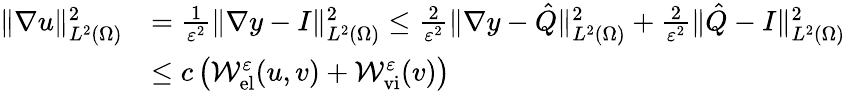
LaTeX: \begin{array}{rl}{\| \nabla u\| _{L^{2}(\Omega)}^{2}}&{=\frac{1}{\varepsilon^{2}}\| \nabla y-I\| _{L^{2}(\Omega)}^{2}\leq\frac{2}{\varepsilon^{2}}\| \nabla y-\hat{Q}\| _{L^{2}(\Omega)}^{2}+\frac{2}{\varepsilon^{2}}\| \hat{Q}-I\| _{L^{2}(\Omega)}^{2}}\\ &{\leq c\left(\mathcal{W}_{\mathrm{el}}^{\varepsilon}(u,v)+\mathcal{W}_{\mathrm{vi}}^{\varepsilon}(v)\right)}\end{array}